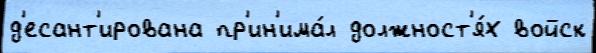
д'есант'ирована пр'ин'има́л должност'я́х войск